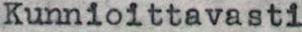
Kunnioittavasti